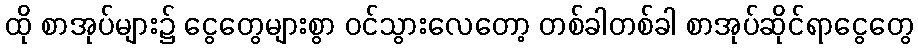
ထို စာအုပ်များ၌ ငွေတွေများစွာ ဝင်သွားလေတော့ တစ်ခါတစ်ခါ စာအုပ်ဆိုင်ရာငွေတွေ